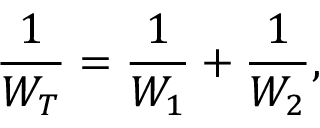
\frac { 1 } { W _ { T } } = \frac { 1 } { W _ { 1 } } + \frac { 1 } { W _ { 2 } } ,